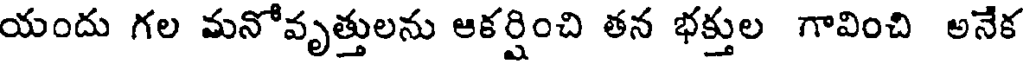
యందు గల మనోవృత్తులను ఆకర్షించి తన భక్తుల గావించి అనేక